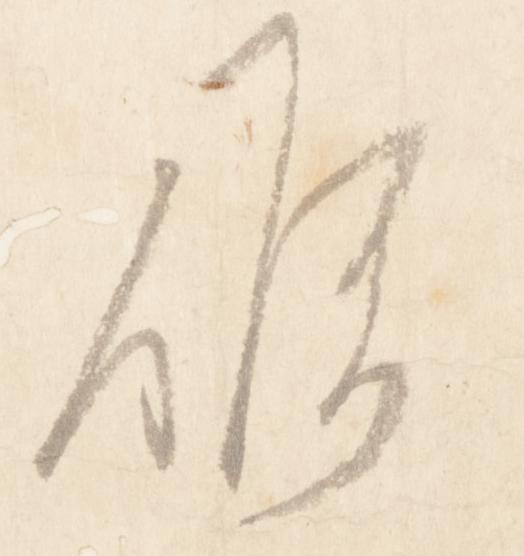
候